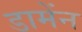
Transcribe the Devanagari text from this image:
डामेंन